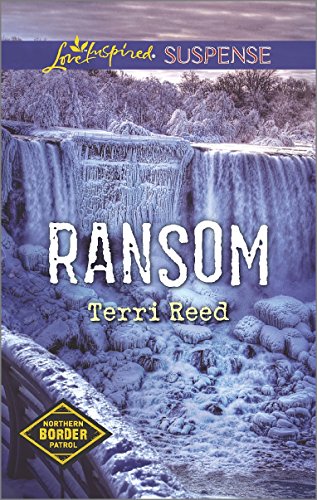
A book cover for Ransom (Northern Border Patrol); Terri Reed; Romance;